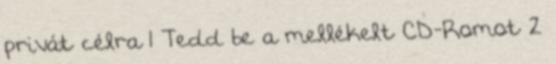
privát célra 1 Tedd be a mellékelt CD-Romot 2